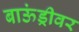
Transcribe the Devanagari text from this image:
बाऊंड्रीवर